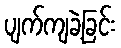
ပျက်ကျခဲ့ခြင်း